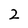
Character: 2